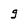
Character: g